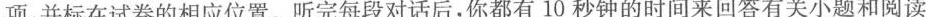
项，并标在试卷的相应位置。听完每段对话后，你都有 10 秒钟的时间来回答有关小题和阅读